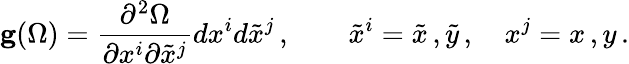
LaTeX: {\mathbf g}(\Omega)={\frac{\partial^{2}\Omega}{\partial x^{i}\partial{\tilde{x}^{j}}}}dx^{i}d{\tilde{x}}^{j}\, ,\quad\quad{\tilde{x}}^{i}={\tilde{x}}\, ,{\tilde{y}}\, ,\quad x^{j}=x\, ,y\, .